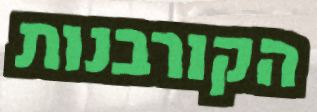
הקורבנות